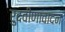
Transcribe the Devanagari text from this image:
रुदवीणावादन